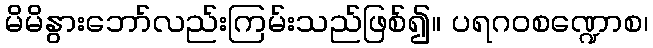
မိမိနွားဘော်လည်းကြမ်းသည်ဖြစ်၍။ ပရဂဝစဏ္ဍောစ၊